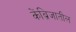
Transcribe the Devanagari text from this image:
केंब्रिजातील